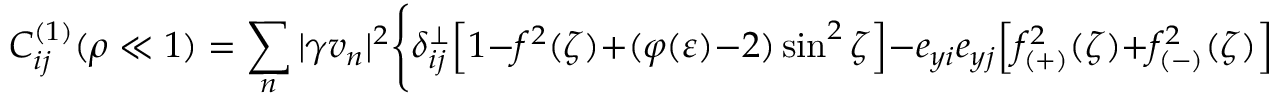
C _ { i j } ^ { ( 1 ) } ( \rho \ll 1 ) = \sum _ { n } ^ { } | \gamma v _ { n } | ^ { 2 } \Biggl \{ \delta _ { i j } ^ { \perp } \Bigl [ 1 - f ^ { 2 } ( \zeta ) + ( \varphi ( \varepsilon ) - 2 ) \sin ^ { 2 } \zeta \Bigr ] - e _ { y i } e _ { y j } \Bigl [ f _ { ( + ) } ^ { 2 } ( \zeta ) + f _ { ( - ) } ^ { 2 } ( \zeta ) \Bigr ] \Biggr \} \, ,